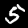
Label: 5